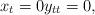
LaTeX: \begin{align*}x_t=0y_{tt}=0,\end{align*}